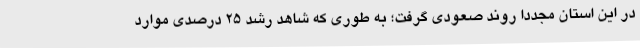
در این استان مجددا روند صعودی گرفت؛ به طوری که شاهد رشد 25 درصدی موارد